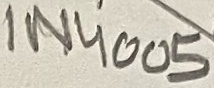
Text: 1N4005